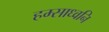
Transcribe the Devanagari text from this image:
हम्साध्वनि